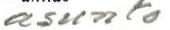
asunto